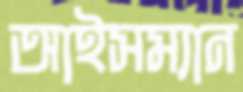
আইসম্যান